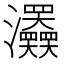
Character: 𤅹